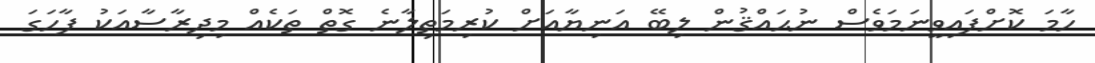
ހާމަ ކޮށްފައިވީނަމަވެސް ނުޙައްޤުން ލިބޭ އަނިޔާއަށް ކުރިމަތިލާނެ ގޮތް ތަކެއް މިދިރާސާއަކު ފާހަގަ